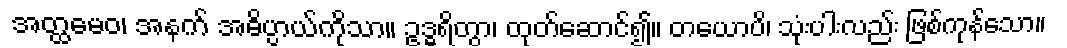
အတ္ထမေဝ၊ အနက် အဓိပ္ပာယ်ကိုသာ။ ဥဒ္ဓရိတွာ၊ ထုတ်ဆောင်၍။ တယောပိ၊ သုံးပါးလည်း ဖြစ်ကုန်သော။